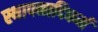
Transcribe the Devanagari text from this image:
स्थापनादिकर्म